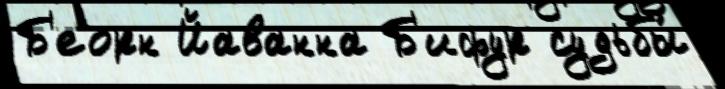
Б'еорн Йаванна Б'ифур судьбы́